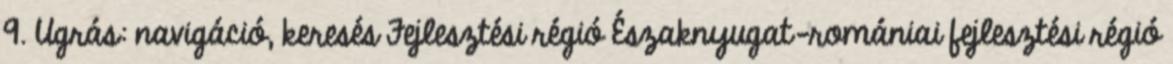
9. Ugrás: navigáció, keresés Fejlesztési régió Északnyugat-romániai fejlesztési régió